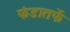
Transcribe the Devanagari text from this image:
फंडातर्फे